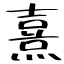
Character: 熹